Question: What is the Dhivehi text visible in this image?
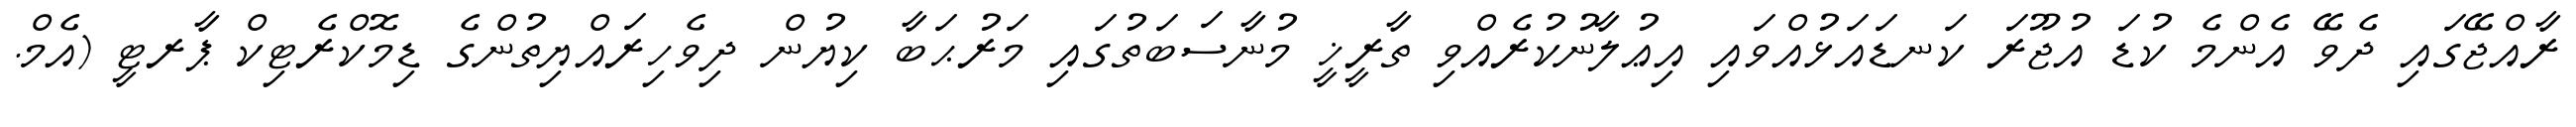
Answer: ރާއްޖޭގައި ދެވޭ އެންމެ ކުޑަ އުޖޫރަ ކަނޑައަޅުއްވައި އިޢުލާނުކުރެއްވި ތާރީޚީ މުނާސަބަތުގައި މަރުޙަބާ ކިޔުން ދިވެހިރައްޔިތުންގެ ޑިމޮކްރެޓިކް ޕާރޓީ (އެމް.